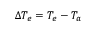
\Delta T _ { e } = T _ { e } - T _ { a }